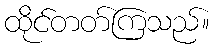
ထိုင်တတ်ကြသည်။